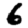
Digit: 6